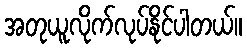
အတုယူလိုက်လုပ်နိုင်ပါတယ်။